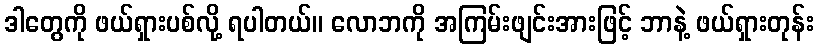
ဒါတွေကို ဖယ်ရှားပစ်လို့ ရပါတယ်။ လောဘကို အကြမ်းဖျင်းအားဖြင့် ဘာနဲ့ ဖယ်ရှားတုန်း